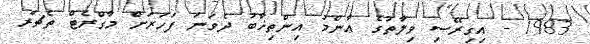
1983 - އިގިރޭސި ވިލާތުގެ ޢާންމު އިންތިޚާބު ދެވަނަ ފަހަރަށް މާގްރެޓް ތެޗަރ